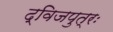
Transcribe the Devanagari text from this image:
द्विजपुत्रः